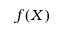
f ( X )